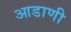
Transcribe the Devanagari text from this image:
आडाणी